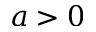
a > 0